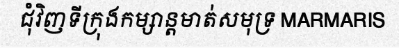
ជុំវិញទីក្រុងកម្សាន្តមាត់សមុទ្រ MARMARIS